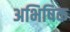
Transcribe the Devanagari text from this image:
अभिषिक